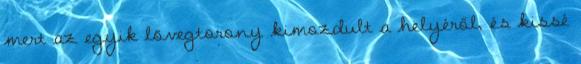
mert az egyik lövegtorony kimozdult a helyéről, és kissé